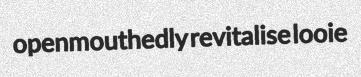
openmouthedly revitalise looie